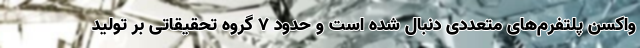
واکسن پلتفرم‌های متعددی دنبال شده است و حدود ۷ گروه تحقیقاتی بر تولید